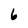
Character: 6